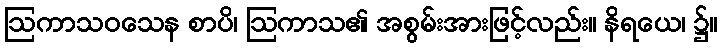
ဩကာသဝသေန စာပိ၊ ဩကာသ၏ အစွမ်းအားဖြင့်လည်း။ နိရယေ၊ ၌။